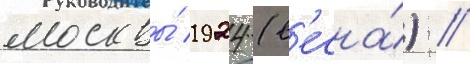
москвы́ 1924 (в'есна́) //